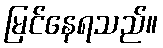
မြင်နေရသည်။